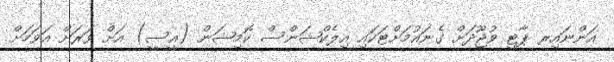
އަންނައިރ ޕާޓީ ވުޖޫދަށް ގެނައުމަށްޓަކައި އިލެކްޝަންސް ކޮމިޝަން (އީސީ) އަށް ވަރަށް އަވަހަށް